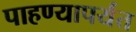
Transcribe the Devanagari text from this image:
पाहण्यापर्यंत